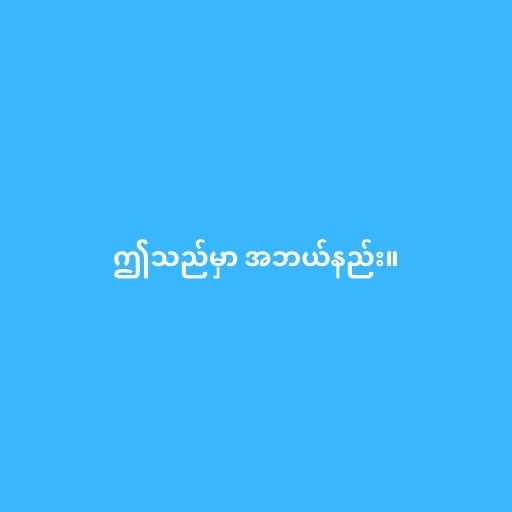
ဤသည်မှာ အဘယ်နည်း။